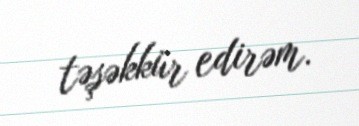
təşəkkür edirəm.